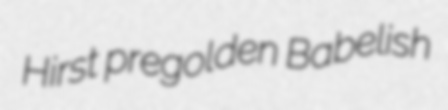
Hirst pregolden Babelish